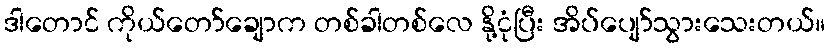
ဒါတောင် ကိုယ်တော်ချောက တစ်ခါတစ်လေ နို့ငုံပြီး အိပ်ပျော်သွားသေးတယ်။